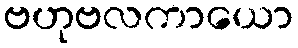
ဗဟုဗလကာယော